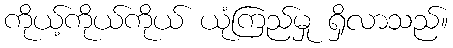
ကိုယ့်ကိုယ်ကိုယ် ယုံကြည်မှု ရှိလာသည်။